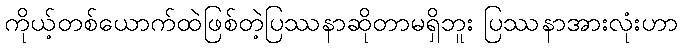
ကိုယ့်တစ်ယောက်ထဲဖြစ်တဲ့ပြဿနာဆိုတာမရှိဘူး ပြဿနာအားလုံးဟာ